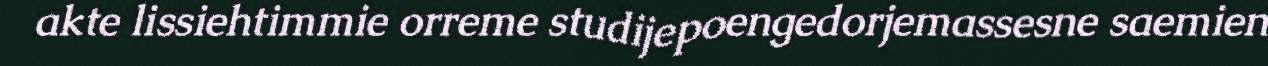
akte lissiehtimmie orreme studijepoengedorjemassesne saemien